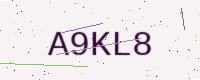
Text: A9KL8